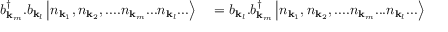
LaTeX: \begin{array} { r l } { b _ { \mathbf { k } _ { m } } ^ { \dagger } . b _ { \mathbf { k } _ { l } } \left| n _ { \mathbf { k } _ { 1 } } , n _ { \mathbf { k } _ { 2 } } , . . . . n _ { \mathbf { k } _ { m } } . . . n _ { \mathbf { k } _ { l } } . . . \right\rangle } & { { } = b _ { \mathbf { k } _ { l } } . b _ { \mathbf { k } _ { m } } ^ { \dagger } \left| n _ { \mathbf { k } _ { 1 } } , n _ { \mathbf { k } _ { 2 } } , . . . . n _ { \mathbf { k } _ { m } } . . . n _ { \mathbf { k } _ { l } } . . . \right\rangle } \end{array}